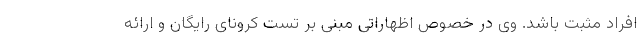
افراد مثبت باشد. وی در خصوص اظهاراتی مبنی بر تست کرونای رایگان و ارائه